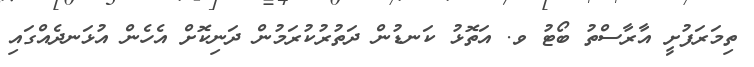
ތިމަރަފުށީ އާރާސްތު ބޯޓު ވ. އަތޮޅު ކަނޑުން ދަތުރުކުރަމުން ދަނިކޮށް އެހެން އުޅަނދެއްގައި